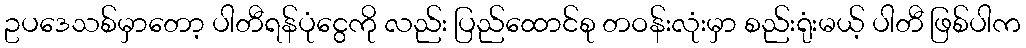
ဥပဒေသစ်မှာတော့ ပါတီရန်ပုံငွေကို လည်း ပြည်ထောင်စု တဝန်းလုံးမှာ စည်းရုံးမယ့် ပါတီ ဖြစ်ပါက